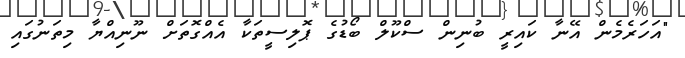
"އަހަރެމެން އޭނާ ކައިރީ ބުނިން ސްކޫލް ބޯޑުގެ ޕޮލިސީތަކާ އެއްގޮތަށް ނޫނިއްޔާ މިތަނުގައި